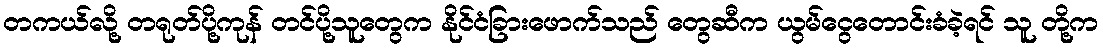
တကယ်လို့ တရုတ်ပို့ကုန် တင်ပို့သူတွေက နိုင်ငံခြားဖောက်သည် တွေဆီက ယွမ်ငွေတောင်းခံခဲ့ရင် သူ တို့က